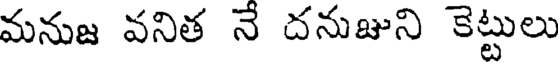
మనుజ వనిత నే దనుజుని కెట్టులు